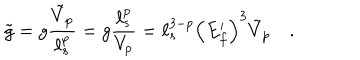
LaTeX: { \tilde { g } } = g { \frac { { \tilde { V } } _ { p } } { \ell _ { s } ^ { p } } } = g { \frac { \ell _ { s } ^ { p } } { V _ { p } } } = \ell _ { s } ^ { 3 - p } \left( E _ { f } ^ { \prime } \right) ^ { 3 } { \tilde { V } } _ { p } \quad .